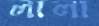
লালা